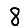
Digit: 8